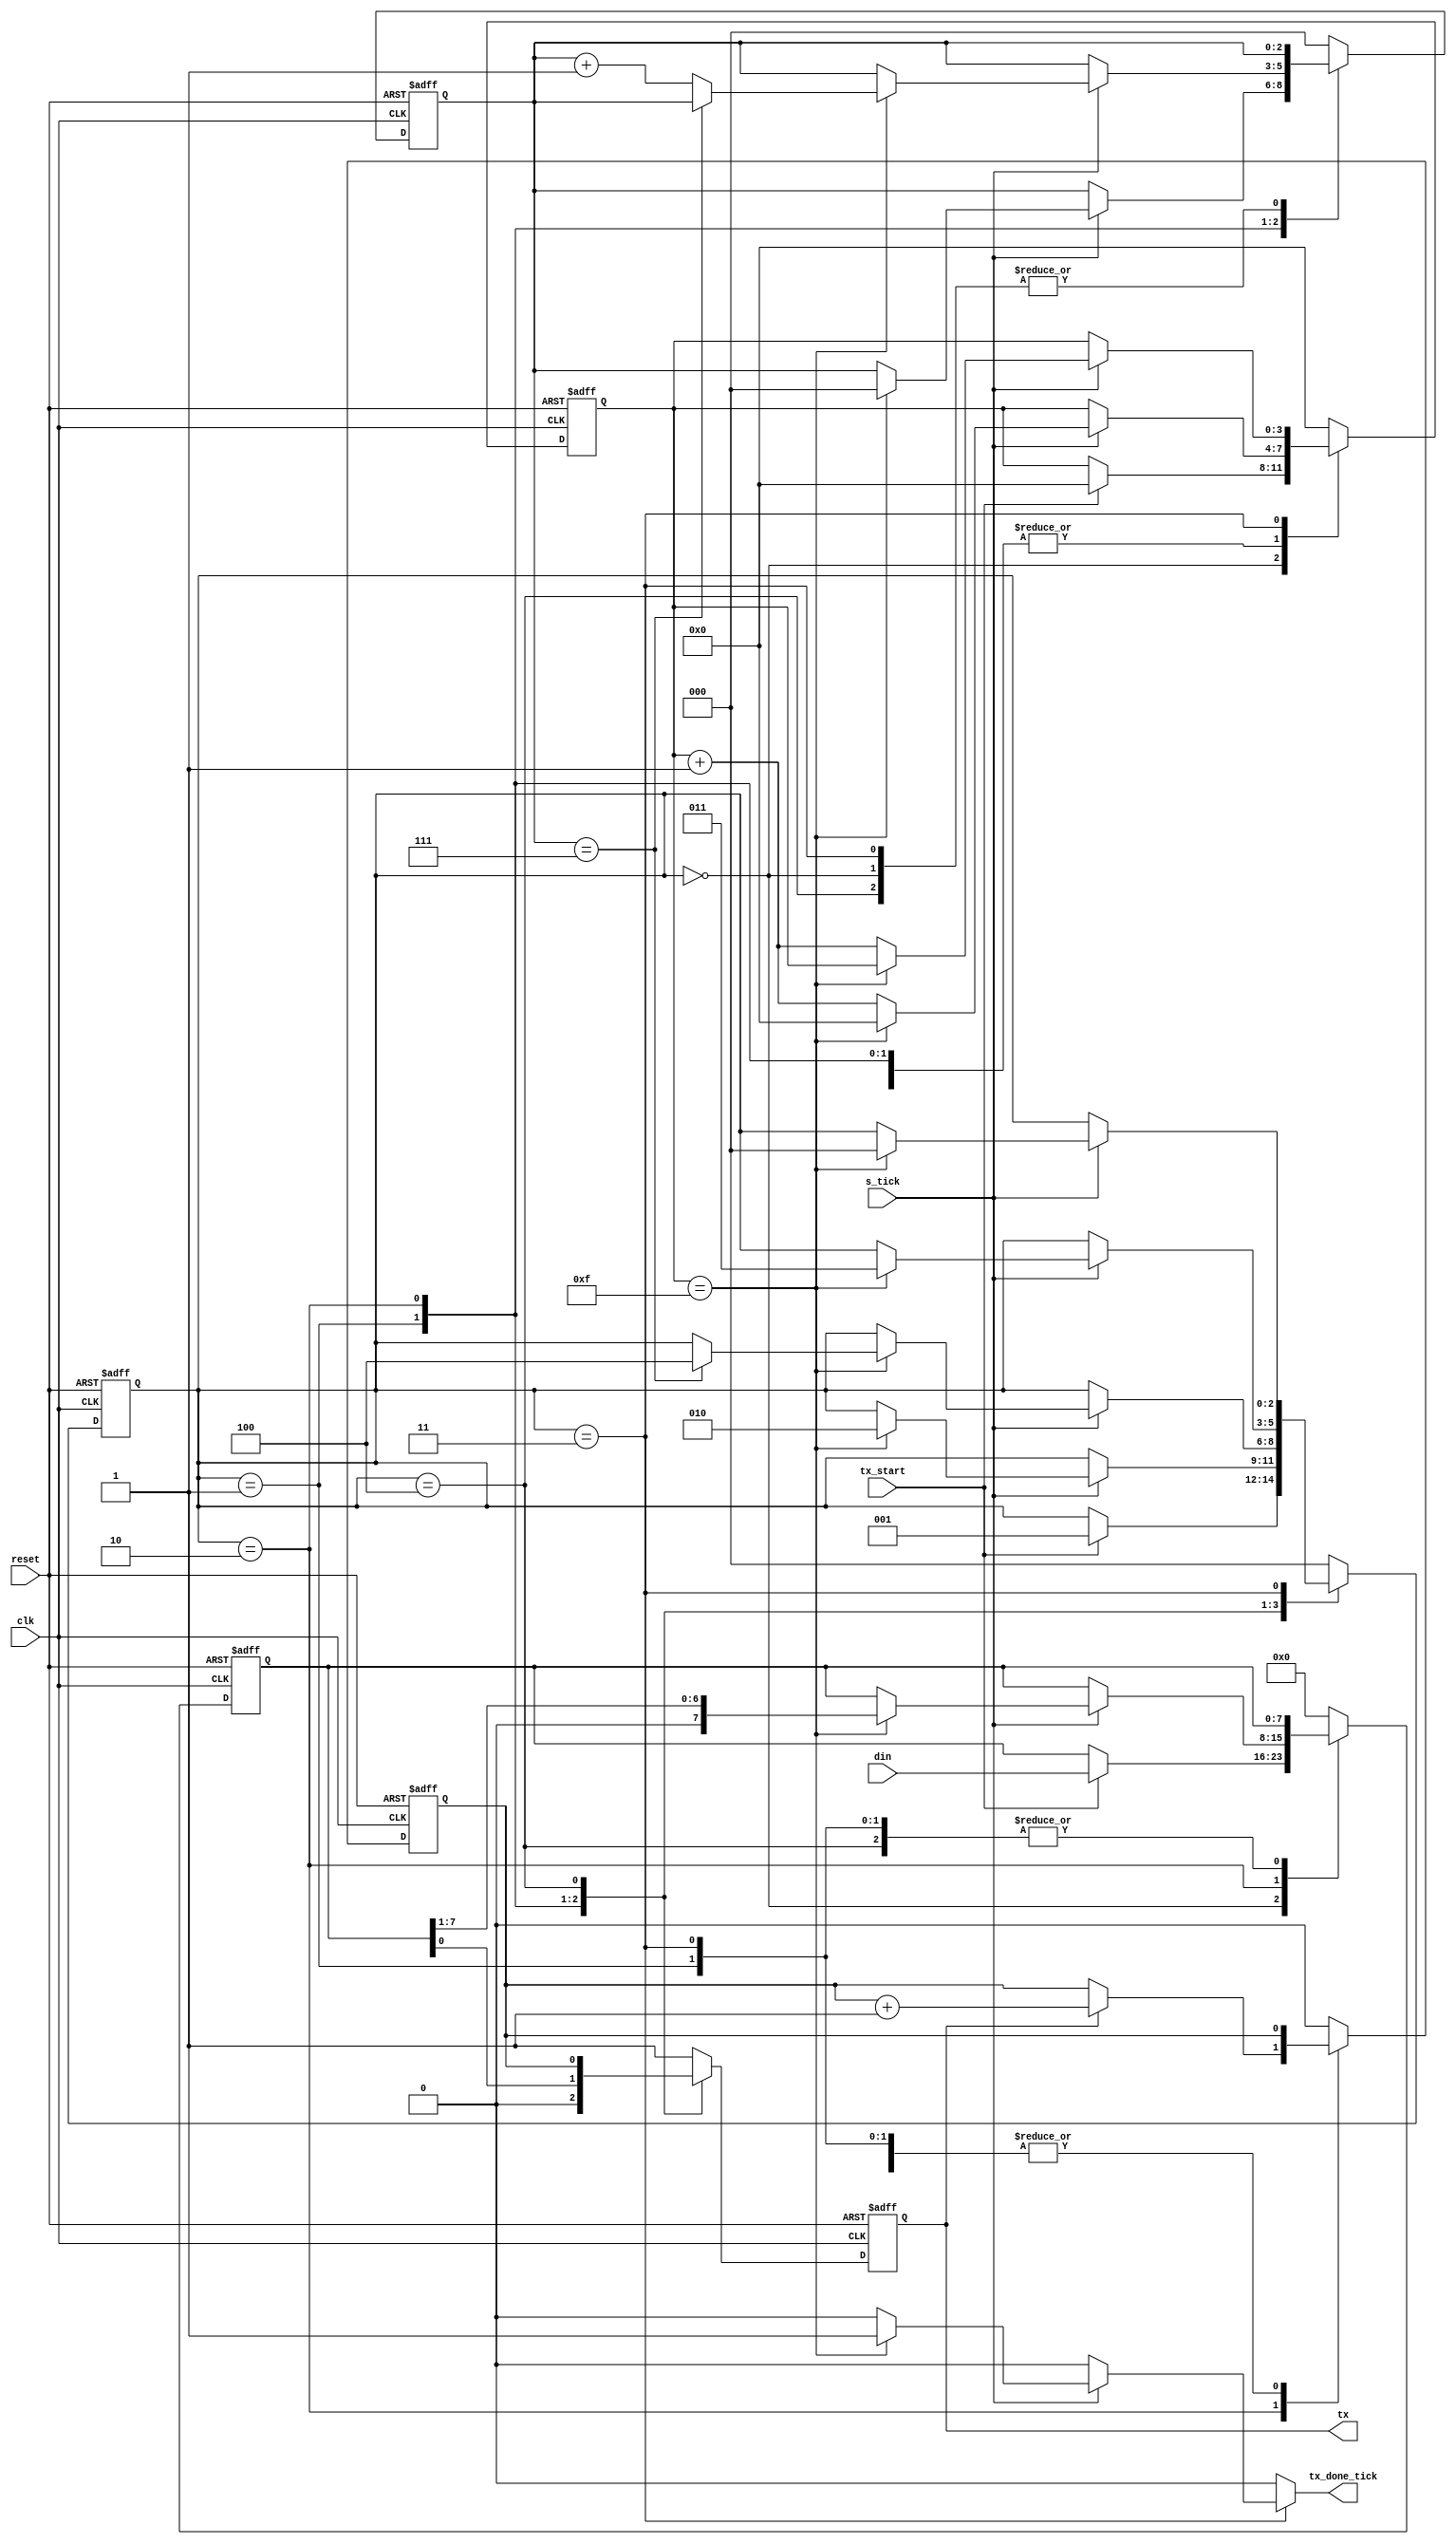
//Listing 8.3
module uart_tx
   #(
     parameter DBIT = 8,     // # DATA bits
               SB_TICK = 16  // # ticks for STOP bits
   )
   (
    input wire clk, reset,
    input wire tx_start, s_tick, 
    input wire [7:0] din,
    output reg tx_done_tick,
    output wire tx
   );

   // symbolic state declaration
   localparam [2:0]
      IDLE  = 3'b000,
      START = 3'b001,
      DATA  = 3'b010,
      PARITY = 3'b100,
		STOP  = 3'b011;

   // signal declaration
   reg [2:0] state_reg, state_next;
   reg [3:0] s_reg, s_next;
   reg [2:0] n_reg, n_next;
   reg [7:0] b_reg, b_next;
   reg tx_reg, tx_next;
	reg p_reg, p_next;

   // body
   // FSMD state & DATA registers
   always @(posedge clk, posedge reset)
      if (reset)
         begin
            state_reg <= IDLE;
            s_reg <= 0;
            n_reg <= 0;
            b_reg <= 0;
            tx_reg <= 1'b1;
				p_reg <= 0;
         end
      else
         begin
            state_reg <= state_next;
            s_reg <= s_next;
            n_reg <= n_next;
            b_reg <= b_next;
            tx_reg <= tx_next;
				p_reg <= p_next;
         end

   // FSMD next-state logic & functional units
   always @*
   begin
      state_next = state_reg;
      tx_done_tick = 1'b0;
      s_next = s_reg;
      n_next = n_reg;
      b_next = b_reg;
      tx_next = tx_reg;
      p_next = p_reg;
      case (state_reg)
         IDLE:
            begin
               tx_next = 1'b1;
               if (tx_start)
                  begin
                     state_next = START;
                     s_next = 0;
                     b_next = din;
                  end
            end
         START:
            begin
               tx_next = 1'b0;
               if (s_tick)
                  if (s_reg==15)
                     begin
                        state_next = DATA;
                        s_next = 0;
                        n_next = 0;
                     end
                  else
                     s_next = s_reg + 1;
            end
         DATA:
            begin
               tx_next = b_reg[0];
	       p_next = (tx_reg) ? p_reg + 1 : p_reg; //update parity bit
               if (s_tick)
                  if (s_reg==15)
                     begin
                        s_next = 0;
                        b_next = b_reg >> 1;
                        if (n_reg==(DBIT-1)) 
                           state_next = PARITY;
			else
                           n_next = n_reg + 1;
                     end
                  else
                     s_next = s_reg + 1;
            end
	 PARITY:
	    begin 
	       tx_next = p_reg;
	       if (s_tick)
	 	  if (s_reg == 15)
		     begin
			s_next = 0;
			state_next = STOP;
		     end
		  else
		     s_next = s_reg + 1;
	    end 
         STOP:
            begin
               tx_next = 1'b1;
               if (s_tick)
                  if (s_reg==(SB_TICK-1))
                     begin
                        state_next = IDLE;
                        tx_done_tick = 1'b1;
                     end
                  else
                     s_next = s_reg + 1;
            end
	default: begin
		state_next = IDLE;
		s_next = 0;
		n_next = 0;
		b_next = 0;
		tx_next = 1'b1;
		p_next = 0;
	end
  	endcase
   end
   // output	
   assign tx = tx_reg;

endmodule